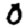
Digit: 0